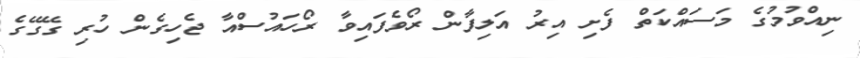
ނިއްވުމުގެ މަސައްކަތް ފެށި އިރު އަލިފާން ރޯވެފައިވާ ރޯހައުސްއާ ޖެހިގެން ހުރި ގޭގޭގެ